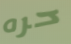
حره